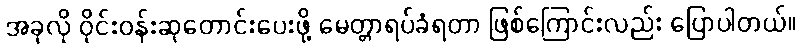
အခုလို ဝိုင်းဝန်းဆုတောင်းပေးဖို့ မေတ္တာရပ်ခံရတာ ဖြစ်ကြောင်းလည်း ပြောပါတယ်။